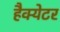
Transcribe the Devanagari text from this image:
हैक्येटर